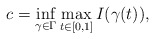
\begin{align*}c=\mathop{\inf}\limits_{\gamma\in\Gamma}\mathop{\max}\limits_{t\in[0,1]}I(\gamma(t)),\end{align*}